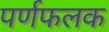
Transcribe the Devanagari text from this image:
पर्णफलक